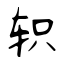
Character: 轵